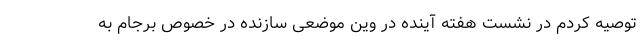
توصیه کردم در نشست هفته آینده در وین موضعی سازنده در خصوص برجام به